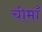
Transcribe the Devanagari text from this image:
चीमाँ